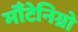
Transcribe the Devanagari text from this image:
मॉँटेनिग्रो